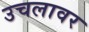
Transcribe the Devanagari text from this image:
उचलावर